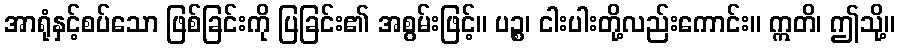
အာရုံနှင့်စပ်သော ဖြစ်ခြင်းကို ပြခြင်း၏ အစွမ်းဖြင့်။ ပဉ္စ၊ ငါးပါးတို့လည်းကောင်း။ ဣတိ၊ ဤသို့။